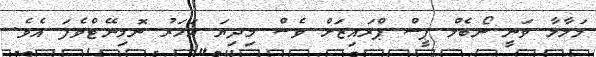
މަލާލާ ވަނީ ނޯބެލް ޕީސް ޕްރައިޒަށް ވެސް މިދިޔަ އަހަރު ނޮމިނޭޓްވެފަ އެވެ.